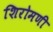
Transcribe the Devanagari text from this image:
शिरोमणी